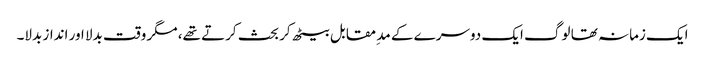
ایک زمانہ تھا لوگ ایک دوسرے کے مد ِمقابل بیٹھ کر بحث کرتے تھے، مگر وقت بدلا اور انداز بدلا۔